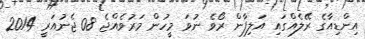
އިންޑިއާގެ ރޭލެއްގައި އަލިފާން ރޯވެ ނުވަ މީހުން މަރުވެއްޖެ 08 ޖެނުއަރީ 2014